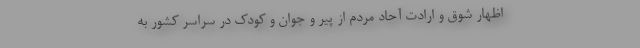
اظهار شوق و ارادت آحاد مردم از پیر و جوان و کودک در سراسر کشور به